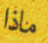
ماذا